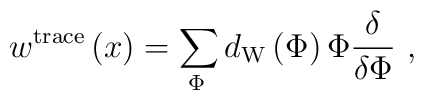
w^{{\rm trace}}\left( x\right) =\sum\limits_{\Phi \,}d_{{\rm W}}\left( \Phi\right) \Phi \frac \delta {\delta \Phi }\,\,,